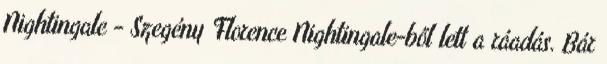
Nightingale - Szegény Florence Nightingale-ből lett a ráadás. Bár